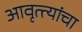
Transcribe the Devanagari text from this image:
आवृत्त्यांचा